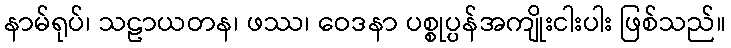
နာမ်ရုပ်၊ သဠာယတန၊ ဖဿ၊ ဝေဒနာ ပစ္စုပ္ပန်အကျိုးငါးပါး ဖြစ်သည်။